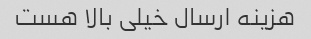
هزینه ارسال خیلی بالا هست